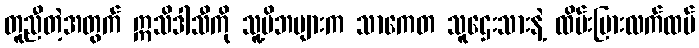
တူညီတဲ့အတွက် ဣသိဒါသီကို သူ့မိဘများက သာကေတ သူဌေးသားနဲ့ ထိမ်းမြားလက်ထပ်